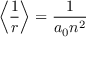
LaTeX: \left\langle { \frac { 1 } { r } } \right\rangle = { \frac { 1 } { a _ { 0 } n ^ { 2 } } }